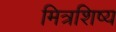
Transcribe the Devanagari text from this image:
मित्रशिष्य